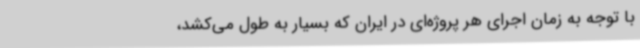
با توجه به زمان اجرای هر پروژه‌ای در ایران که بسیار به طول می‌کشد،